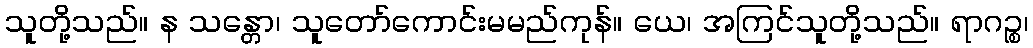
သူတို့သည်။ န သန္တော၊ သူတော်ကောင်းမမည်ကုန်။ ယေ၊ အကြင်သူတို့သည်။ ရာဂဉ္စ၊